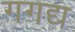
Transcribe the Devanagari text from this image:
गगद्य